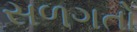
સળગતો